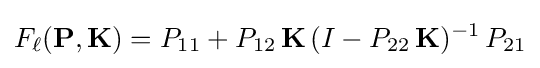
F_{\ell }(\mathbf {P} ,\mathbf {K} )=P_{11}+P_{12}\,\mathbf {K} \,(I-P_{22}\,\mathbf {K} )^{-1}\,P_{21}